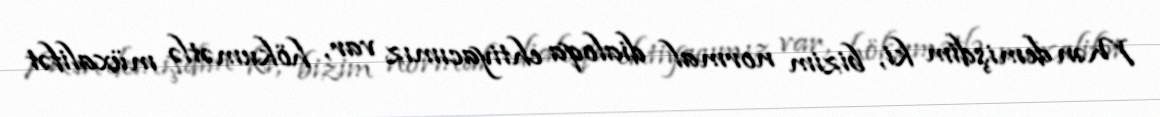
Mən demişdim ki, bizim normal dialoqa ehtiyacımız var, hökumətlə müxalifət